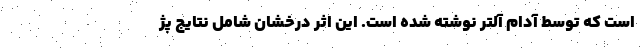
است که توسط آدام آلتر نوشته شده است. این اثر درخشان شامل نتایج پژ